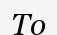
То